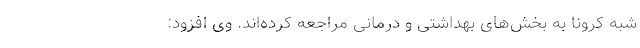
شبه کرونا به بخش‌های بهداشتی و درمانی مراجعه کرده‌اند. وی افزود: